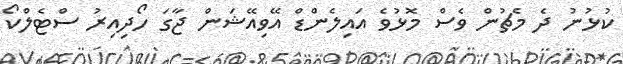
ކުޅުނު ދެ މެޗުން ވެސް މޮޅުވެ އައިލެންޑް އޭވިއޭޝަން ޖާގަ ހޯދިއިރު ސްޓެލްކޯ